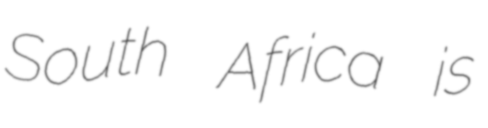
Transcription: South Africa is